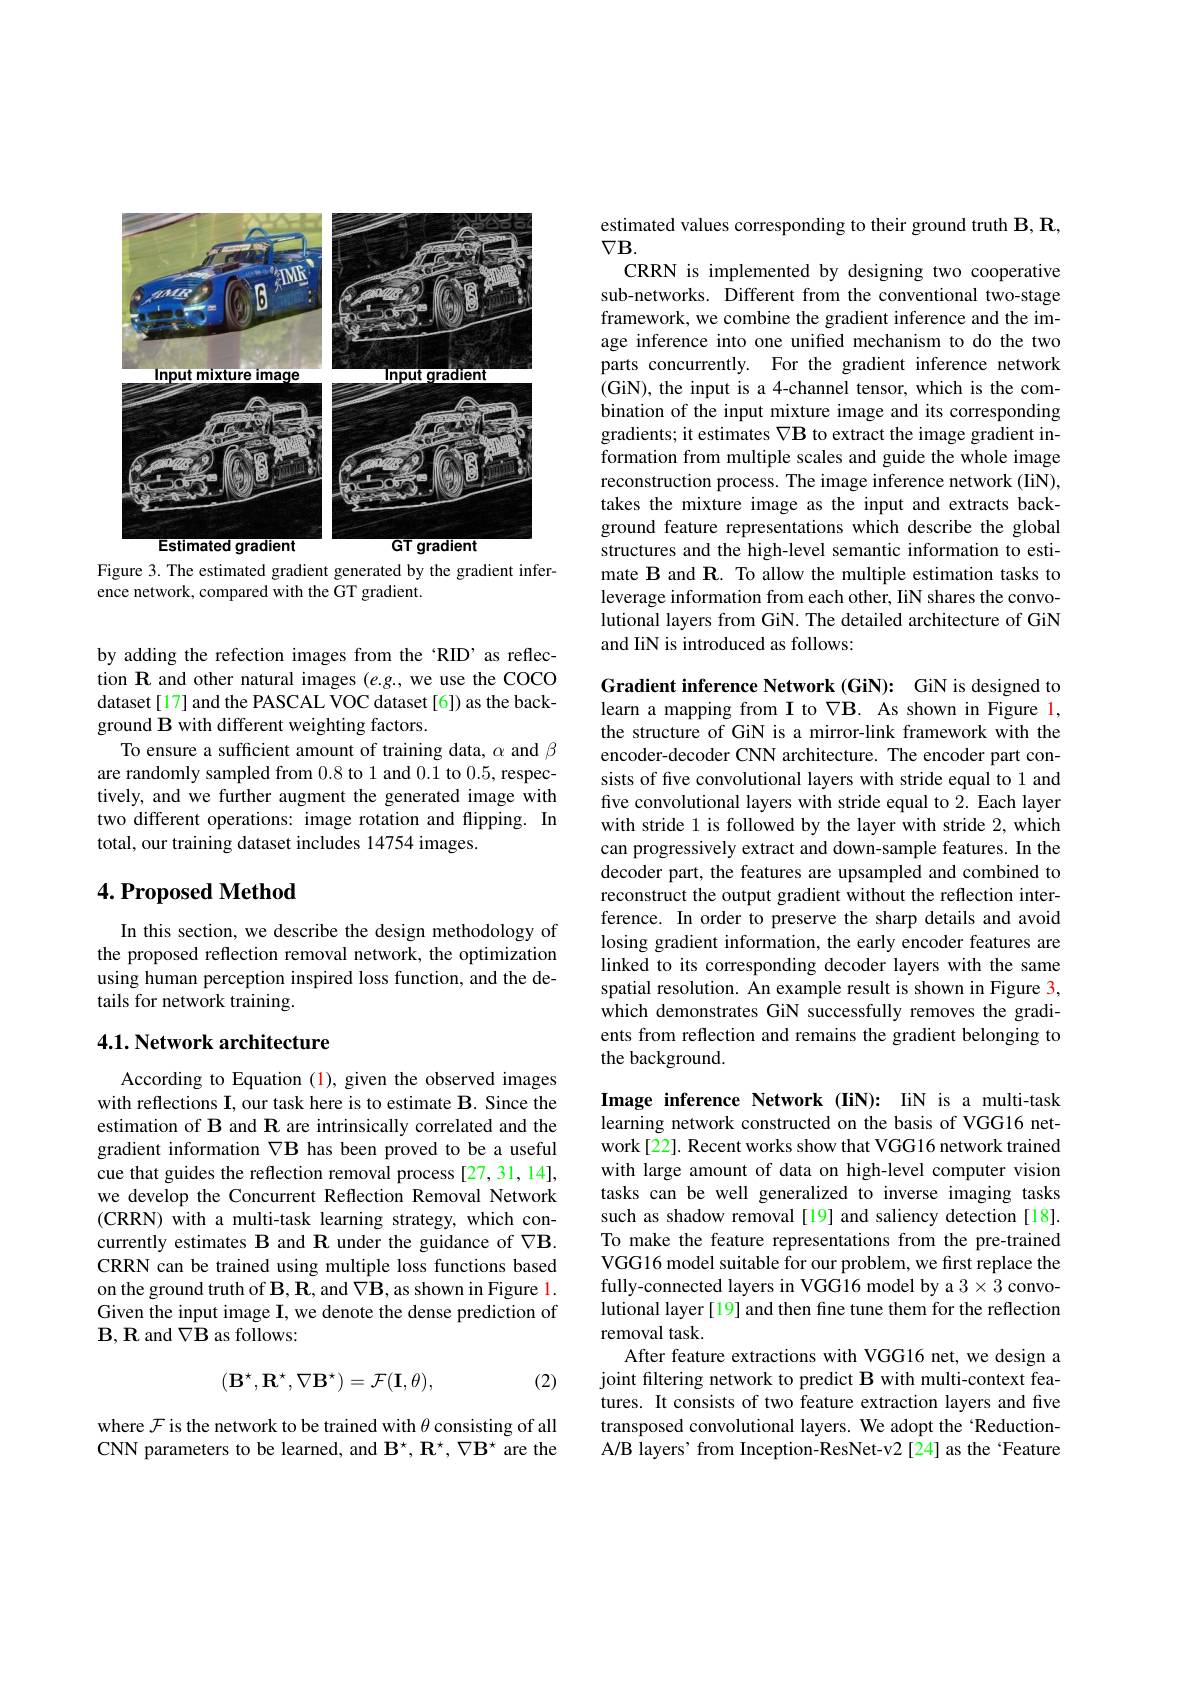
<FigureHere>

Figure 3. The estimated gradient generated by the gradient infer-
ence network, compared with the GT gradient.

by adding the refection images from the 'RID’as reflection R and other natural images $(e.g.$, we use the COCO dataset[17] and the PASCAL VOC dataset [6]) as the background B with different weighting factors.
To ensure a sufficient amount of training data, $\alpha$ and $\beta$ are randomly sampled from 0.8 to 1 and 0.1 to 0.5, respectively, and we further augment the generated image with two different operations: image rotation and flipping. In total, our training dataset includes 14754 images.

## $4. \textbf{Proposed Method}$

In this section, we describe the design methodology of the proposed reflection removal network, the optimization using human perception inspired loss function, and the details for network training.

## 4.1. Network architecture

According to Equation (1), given the observed images with reflections I, our task here is to estimate B. Since the estimation of B and R are intrinsically correlated and the gradient information $\nabla\mathbf{B}$ has been proved to be a useful cue that guides the reflection removal process [27,31,14], we develop the Concurrent Reflection Removal Network (CRRN) with a multi-task learning strategy, which concurrently estimates B and R under the guidance of $\nabla\mathbf{B}.$ CRRN can be trained using multiple loss functions based on the ground truth of $\mathbf{B},\mathbf{R}$,and $\nabla\mathbf{B}$, as shown in Figure l. Given the input image I, we denote the dense prediction of $\mathbf{B},\mathbf{R}$ and $\nabla\mathbf{B}$ as follows:

(2)
$$(\mathbf{B}^{\star},\mathbf{R}^{\star},\nabla\mathbf{B}^{\star})=\mathcal{F}(\mathbf{I},\theta),$$
where $\mathcal{F}$ is the network to be trained with $\theta$ consisting of all CNN parameters to be learned, and $\mathbf{B}^\star,\mathbf{R}^\star,\nabla\mathbf{B}^\star$ are the

estimated values corresponding to their ground truth $\mathbf{B},\mathbf{R}$,
$\nabla\mathbf{B}.$
CRRN is implemented by designing two cooperative sub-networks. Different from the conventional two-stage framework, we combine the gradient inference and the image inference into one unified mechanism to do the two parts concurrently. For the gradient inference network (GiN), the input is a 4-channel tensor, which is the combination of the input mixture image and its corresponding gradients; it estimates $\nabla\mathbf{B}$ to extract the image gradient information from multiple scales and guide the whole image reconstruction process. The image inference network (IiN), takes the mixture image as the input and extracts background feature representations which describe the global structures and the high-level semantic information to estimate B and R. To allow the multiple estimation tasks to leverage information from each other, IiN shares the convolutional layers from GiN. The detailed architecture of GiN and IiN is introduced as follows:

Gradient inference Network (GiN): GiN is designed to learn a mapping from I to $\nabla\mathbf{B}.$ As shown in Figure l, the structure of GiN is a mirror-link framework with the encoder-decoder CNN architecture. The encoder part consists of fve convolutional layers with stride equal to 1 and five convolutional layers with stride equal to 2. Each layer with stride 1 is followed by the layer with stride 2, which can progressively extract and down-sample features. In the decoder part, the features are upsampled and combined to reconstruct the output gradient without the reflection interference. In order to preserve the sharp details and avoid losing gradient information, the early encoder features are linked to its corresponding decoder layers with the same spatial resolution. An example result is shown in Figure 3, which demonstrates GiN successfully removes the gradients from reflection and remains the gradient belonging to the background.

Image inference Network (IiN): IiN is a multi-task learning network constructed on the basis of VGG16 network[22]. Recent works show that VGG16 network trained with large amount of data on high-level computer vision tasks can be well generalized to inverse imaging tasks such as shadow removal [19] and saliency detection [18]. To make the feature representations from the pre-trained VGG16 model suitable for our problem, we first replace the fully-connected layers in VGG16 model by a 3 convolutional layer [19] and then fine tune them for the reflection removal task
After feature extractions with VGG16 net, we design a joint filtering network to predict B with multi-context features. It consists of two feature extraction layers and five transposed convolutional layers. We adopt the 'ReductionA/B layers' from Inception-ResNet-v2[24] as the Feature